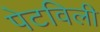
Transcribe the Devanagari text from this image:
पेटविली